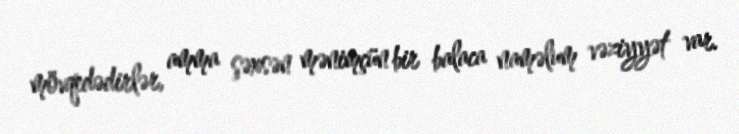
mövqedədirlər, amma şəxsən mənimçün bir balaca naməlum vəziyyət var.